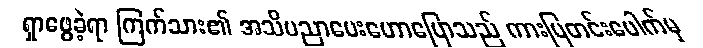
ရှာဖွေခဲ့ရာ ကြက်သား၏ အသိပညာပေးဟောပြောသည် ကားပြတင်းပေါက်မှ